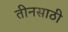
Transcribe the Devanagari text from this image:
तीनसाठी